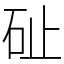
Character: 砋